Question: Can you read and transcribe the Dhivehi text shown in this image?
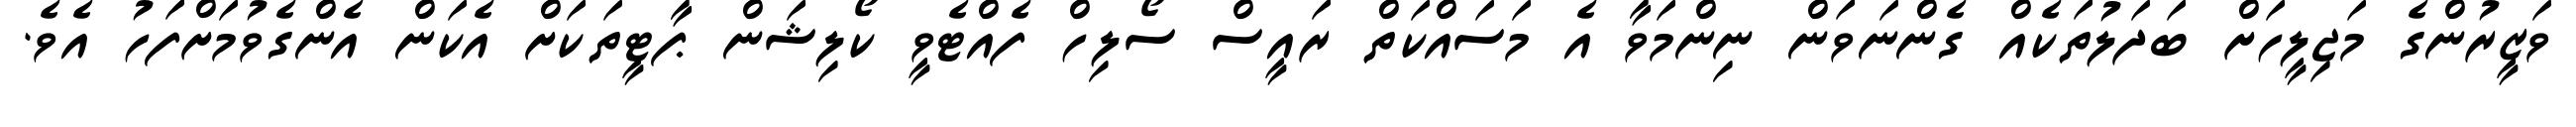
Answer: ވަޒީރުންގެ މަޖިލީހަށް ބަދަލުތަކެއް ގެންނަވަން ނިންމަވާ އެ މަސައްކަތް ރައީސް ސޯލިހް ފެއްޓެވީ ކޯލިޝަން ޕާޓީތަކަށް އެކަން އެންގެވުމަށްފަހު އެވެ.